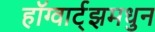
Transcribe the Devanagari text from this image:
हॉग्वार्ट्झमधुन